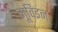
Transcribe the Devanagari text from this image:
मूविइन